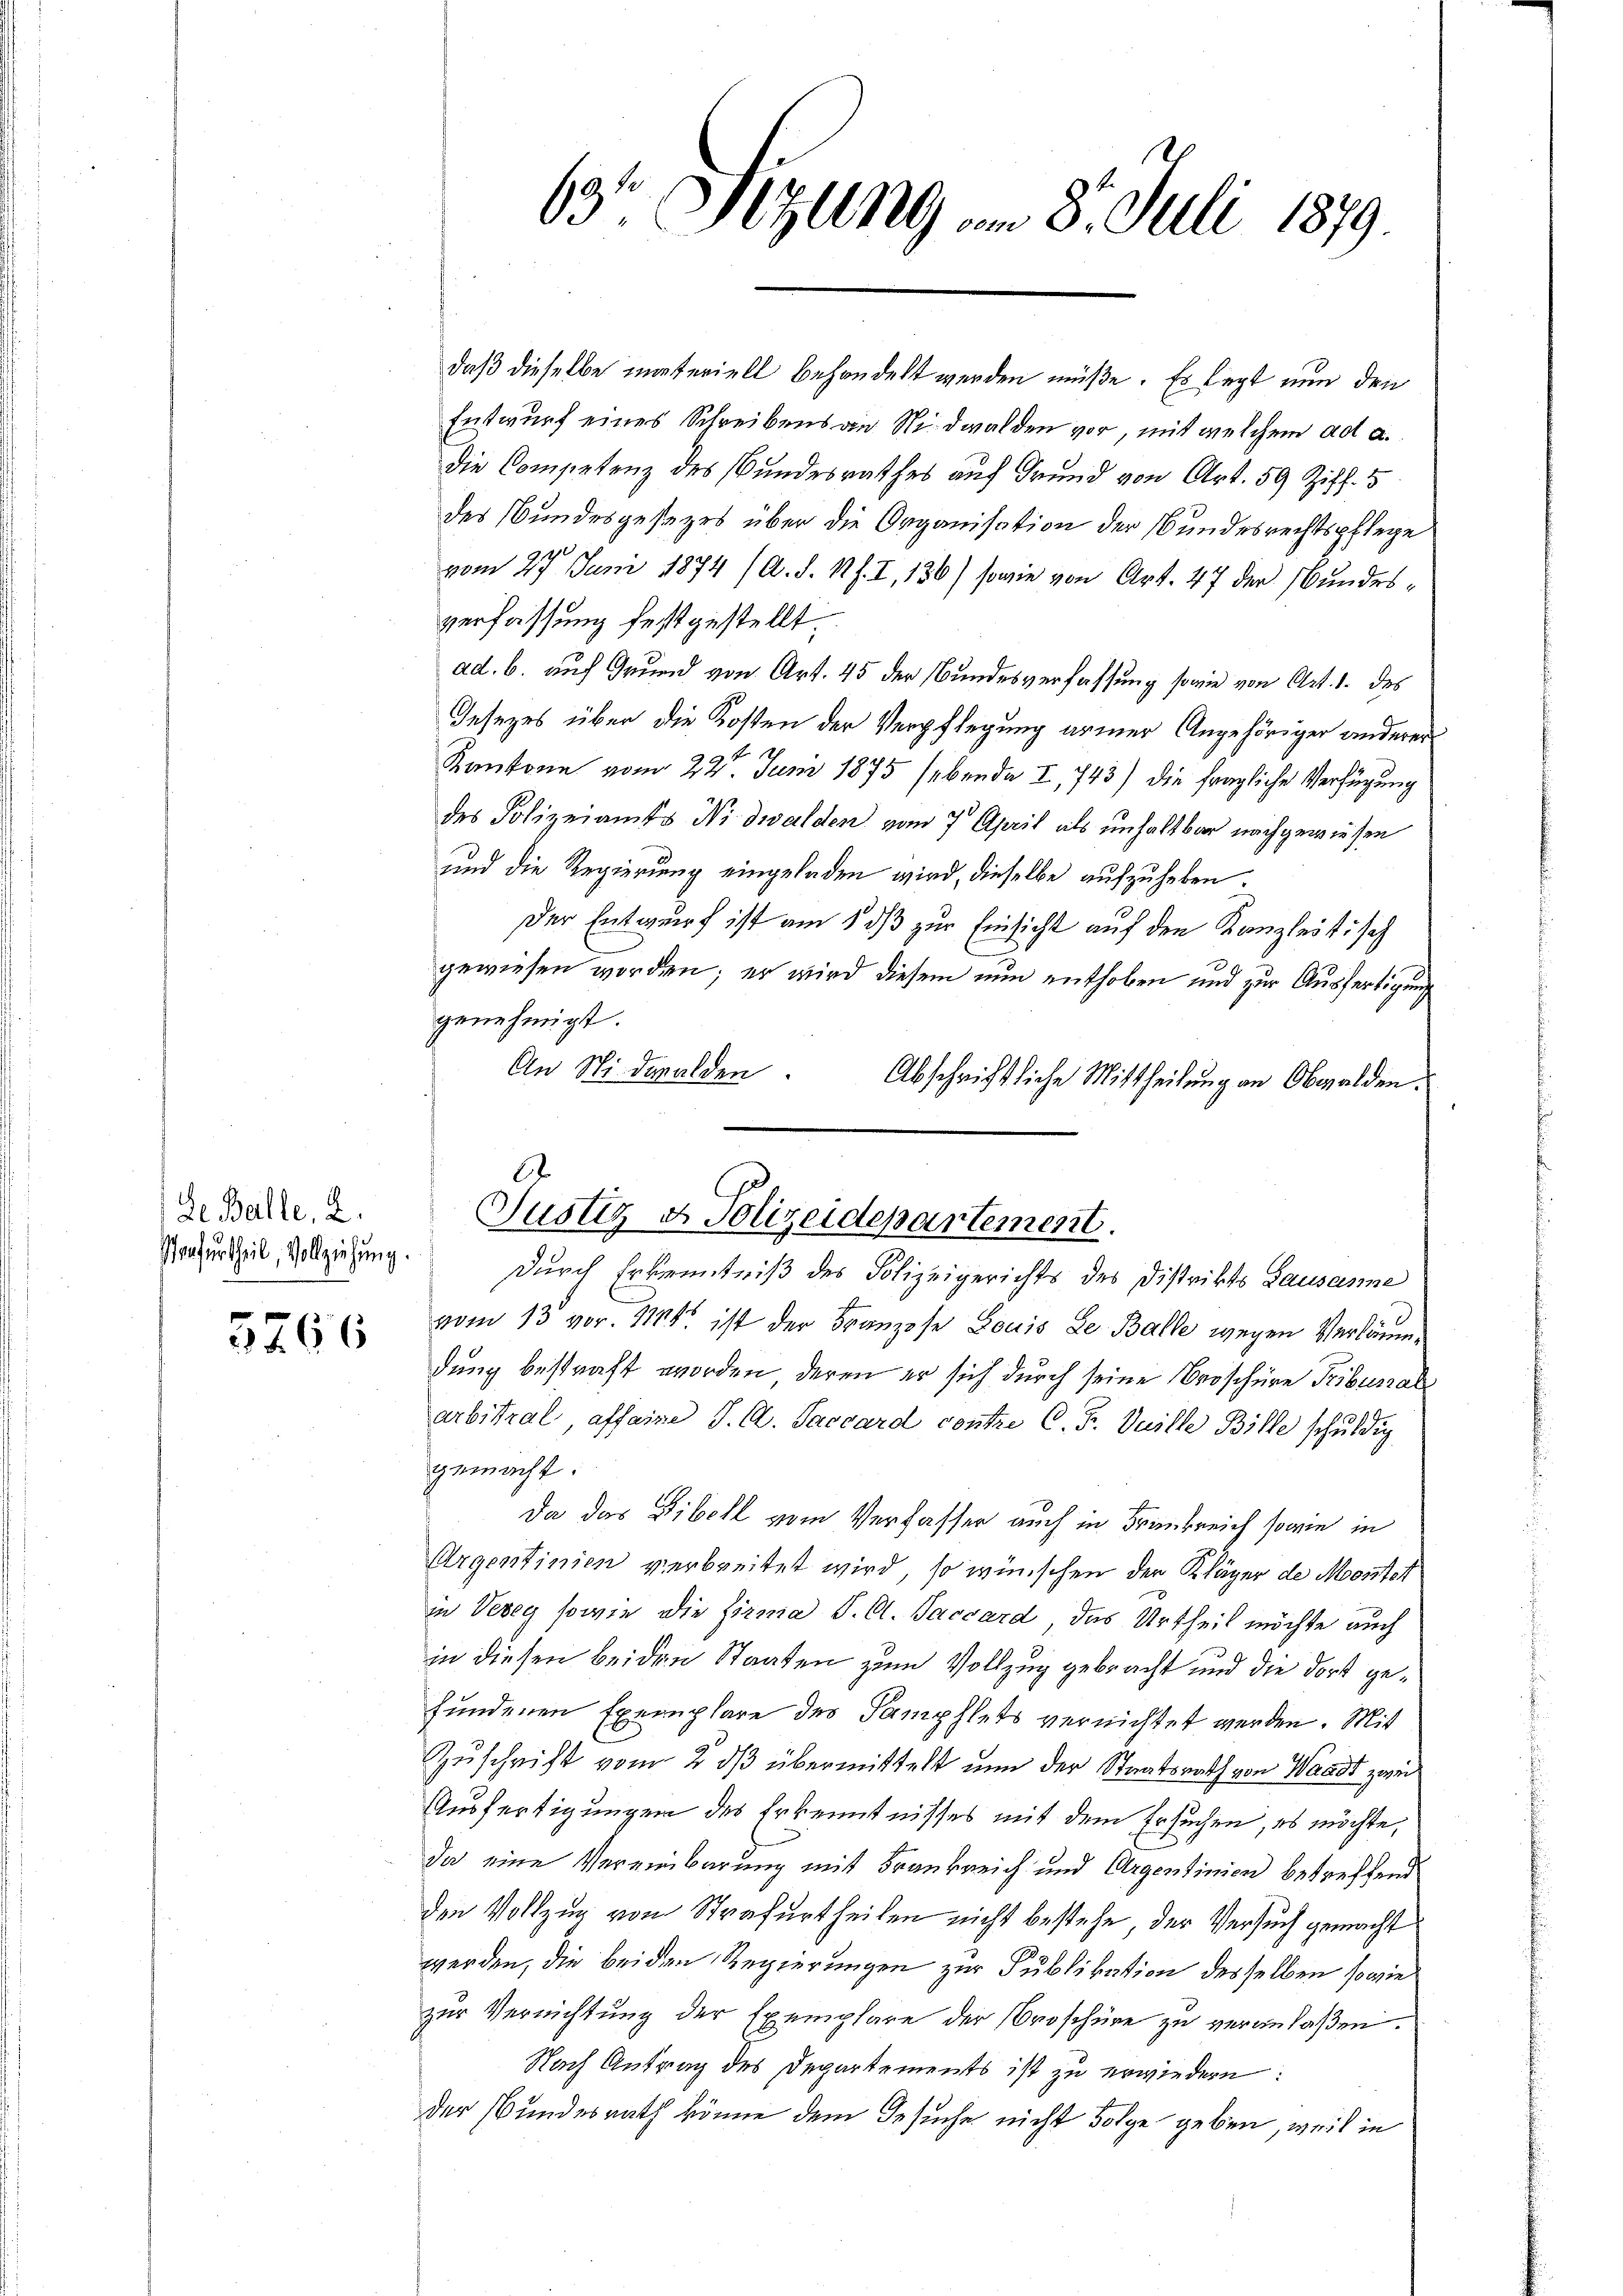
de Balle, 2.
Strafurtheil, Vollziehung

5766

daß dieselbe materiell behandelt werden müße. Es legt nun den
Entwurf eines Schreibens an Nidwalden vor, mit welchem ad a.
die Competenz des Bundesrathes auf Grund von Art. 59 Ziff. 5
des Bundesgesezes über die Organisation der Bundesrechtspflege
vom 27. Juni 1874 (A. d. 14 f. I, 136) sowie von Art. 47 der Bundes-
verfassung festgestellt.
ad. b. auf Grund von Art. 45 der Bundesverfassung sowie von Art. 1. des
Jesezes über die Kosten der Verpflegung armer Angehöriger anderer
Kantone vom 22. Juni 1875 (ebenda I, 743) die fragliche Verfügung
des Polizeiamts Nidwalden vom 7. April als unhaltbar nachgewiesen
und die Regierung eingeladen wird, dieselbe aufzuheben.
Der Entwurf ist am 18 dß zur Einsicht auf den Kanzleitisch
gewiesen worden; er wird diesem nun enthoben und zur Ausfertigung
genehmigt.
An Nidwalden.
Abschriftliche Mittheilung an Obwalden.
vom 13 vor. 118 ist der Franzose Louis de Balle wegen Verläumdung bestraft worden, deren er sich durch seine Broschüre Tribunal
arbitral, affaire J. C. Saccard contre C. F. Vuille Bille schuldig
gemacht:
Da das Bibell vom Verfasser auch in Frankreich sowie in
Argentinien verbreitet wird, so wünschen der Kläger de Monstet
in Vevey sowie die Firma J. A. Saccard, das Urtheil möchte auch
in diesen beiden Staaten zum Vollzug gebracht und die dort gefundenen Exemplare des Samphlets vernichtet werden. Mit
Zuschrift vom 2. dβ übermittelt nun der Staatsrath von Waadt zwei
Ausfertigungen des Erkenntnisses mit dem Ersuchen, es möchte,
da eine Vereinbarung mit Frankreich und Argentinien betreffend
den Vollzug von Strafurtheilen nicht bestehe der Versuch gemacht
werden, die beiden Regierungen zur Publikation desselben sowie
zur Vernichtung der Exemplare der Broschüre zu veranlaßen.
Nach Antrag des Departements ist zu erwiedern:
der Bundesrath könne dem Gesuche nicht Folge geben, weil in

63te Sitzung am 8. Juli 1879

Justiz & Polizeidepartement.
Durch Erkenntniß des Polizeigerichts des Distrikts Lausanne